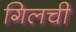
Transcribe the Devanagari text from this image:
गिलची